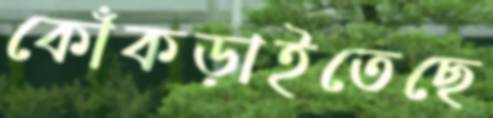
কোঁকড়াইতেছে